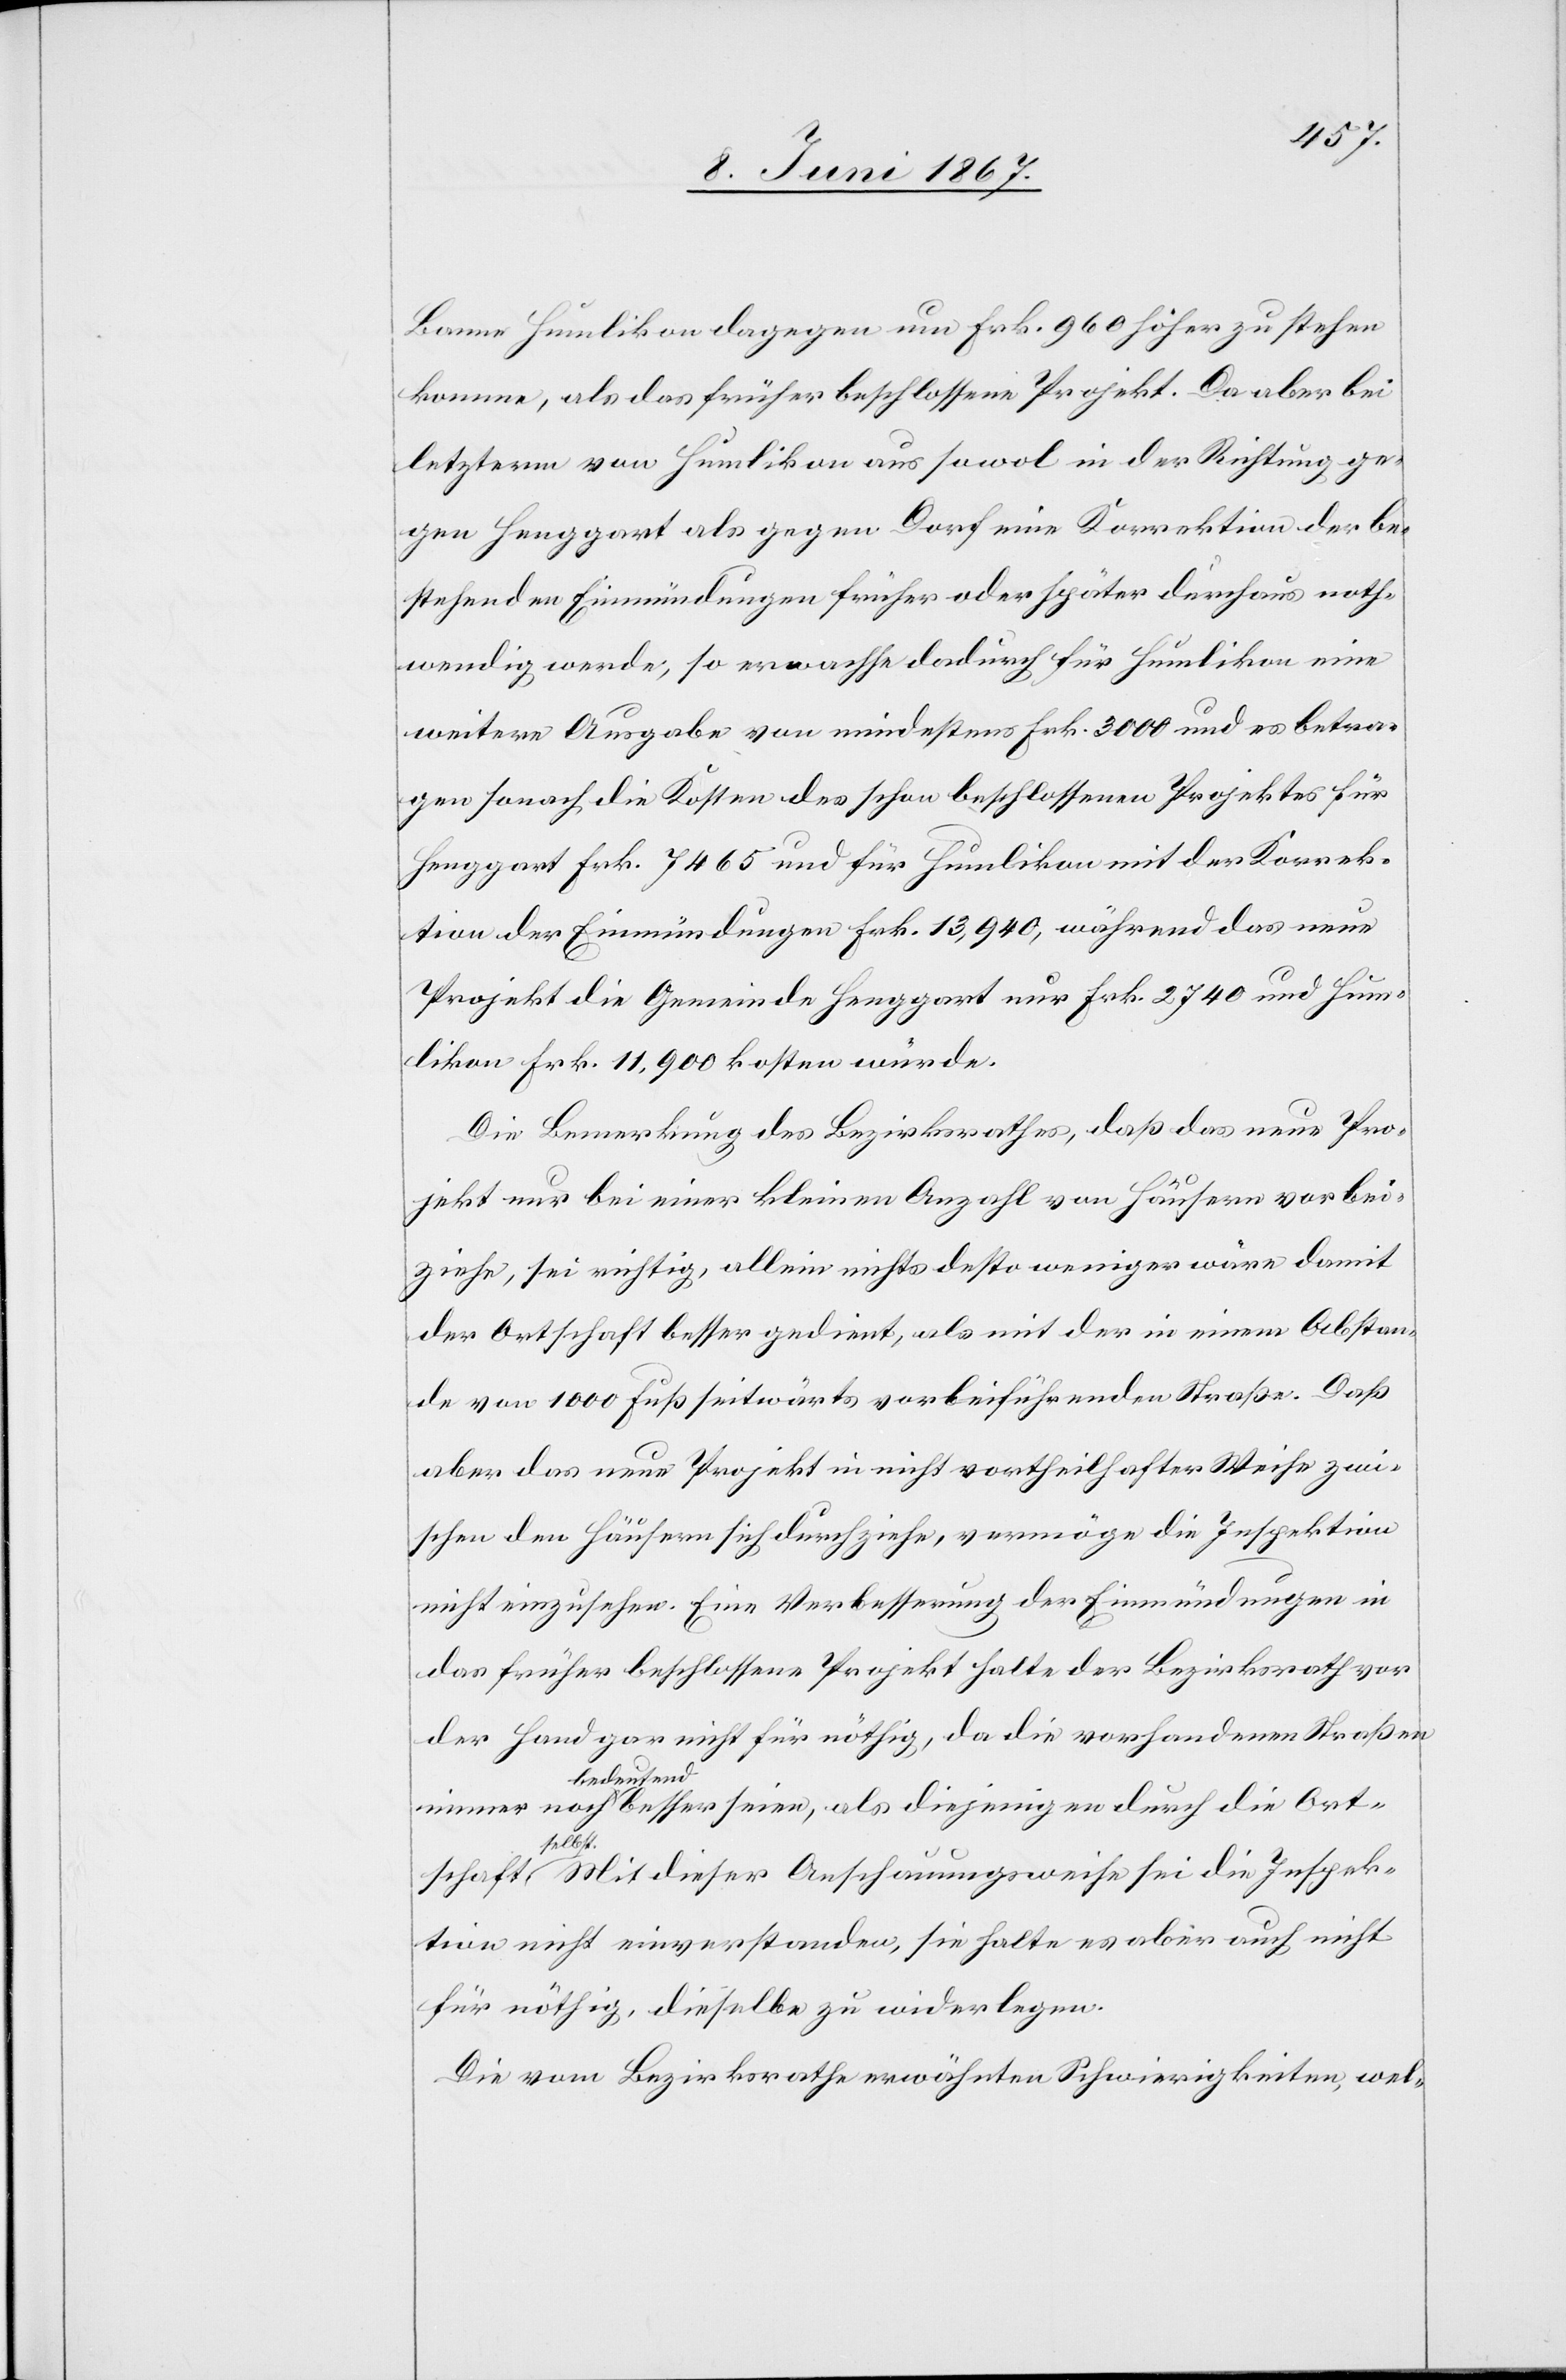
Banne Humlikon dagegen um Frk. 960 höher zu stehen
komme, als das früher beschlossene Projekt. Da aber bei
letzterm von Humlikon aus sowol in der Richtung ge¬
gen Henggart als gegen Dorf eine Korrektion der be¬
stehenden Einmündungen früher oder später durchaus noth¬
wendig werde, so erwachse dadurch für Humlikon eine
weitere Ausgabe von mindestens Frk. 3000 und es betra¬
gen sonach die Kosten des schon beschlossenen Projektes für
Henggart Frk. 7465 und für Humlikon mit der Korrek¬
tion der Einmündungen Frk. 13,940, während das neue
Projekt die Gemeinde Henggart nur Frk. 2740 und Hum¬
likon Frk. 11,900 kosten würde.
Die Bemerkung des Bezirksrathes, daß das neue Pro¬
jekt nur bei einer kleinen Anzahl von Häusern vorbei¬
ziehe, sei richtig, allein nichts desto weniger wäre damit
der Ortschaft besser gedient, als mit der in einem Abstan¬
de von 1000 Fuß seitwärts vorbeiführenden Straße. Daß
aber das neue Projekt in nicht vortheilhafter Weise zwi¬
schen den Häusern sich durchziehe, vermöge die Inspektion
nicht einzusehen. Eine Verbesserung der Einmündungen in
das früher beschlossene Projekt halte der Bezirksrath vor
der Hand gar nicht für nöthig, da die vorhandenen Straßen
bedeutend
Ort¬
schaft selbst. Mit dieser Anschauungsweise sei die Inspek¬
tion nicht einverstanden, sie halte es aber auch nicht
für nöthig, dieselbe zu widerlegen.
Die vom Bezirksrathe erwähnten Schwierigkeiten, wel-